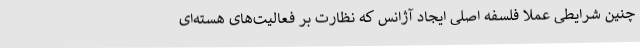
چنین شرایطی عملا فلسفه اصلی ایجاد آژانس که نظارت بر فعالیت‌های هسته‌ای